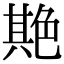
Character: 𦫡